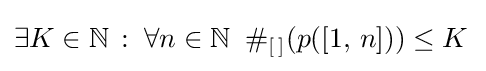
{\textstyle \exists K\in \mathbb {N} \,:\;\forall n\in \mathbb {N} \;\;\#_{[\,]}(p([1,\,n]))\leq K\,}